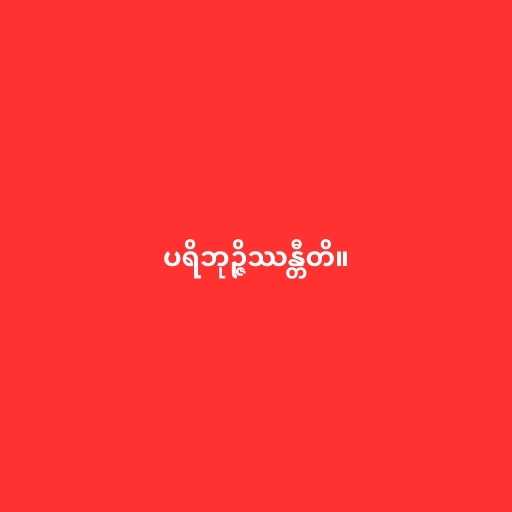
ပရိဘုဉ္ဇိဿန္တီတိ။